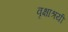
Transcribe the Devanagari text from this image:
वृक्षाश्रयी